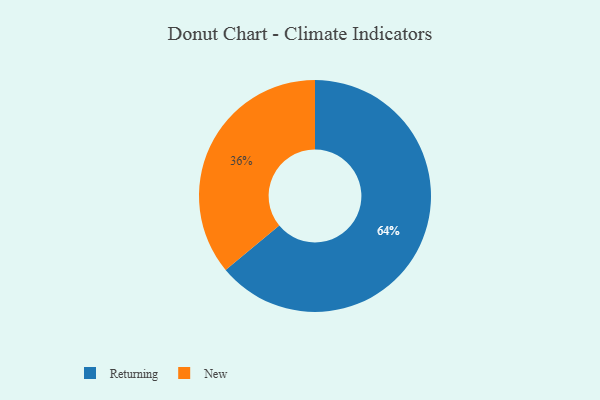
{"axis": {"x": "Category", "y": "Percentage"}, "legend": ["New", "Returning"], "data": [{"x": "New", "y": 36, "type": "New"}, {"x": "Returning", "y": 64, "type": "Returning"}]}